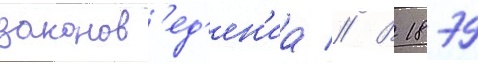
законов'ед'ен'иа // В 1879